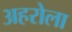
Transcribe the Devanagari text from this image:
अहरोला